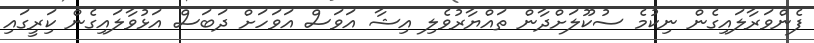
ފެންވަރާލައިގެން ނިކުމެެ ސުކޫލަށްދާން ތައްޔާރުވެލި އިޝާ އަވަސް އަވަހަށް ދަބަސް އަޅުވާލައިގެން ކަިރީގައި